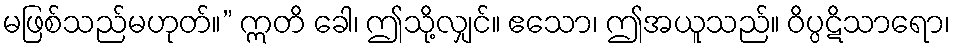
မဖြစ်သည်မဟုတ်။” ဣတိ ခေါ၊ ဤသို့လျှင်။ ဧသော၊ ဤအယူသည်။ ဝိပ္ပဋိသာရော၊